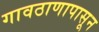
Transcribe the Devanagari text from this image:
गावठाणापासून